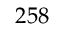
2 5 8